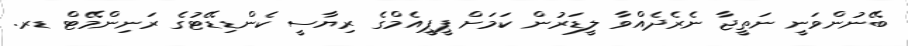
ބޭނުންވަނީ ނަތީޖާ ނެރެދެއްވާ ލީޑަރުން ކަމަށް ޕީޕީއެމްގެ ރިޔާސީ ކެންޑިޑޭޓުގެ ރަނިންމޭޓް ޑރ.